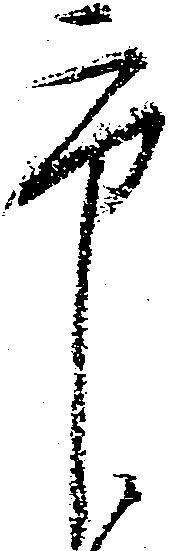
市